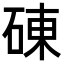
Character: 𥓝